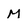
Character: M